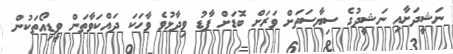
ނަޝީދަށާއި ނަޝީދުގެ ސިޔާސަތަށް ވަރަށް ބޮޑަށް ފާޑު ވިދާޅުވެ ވާހަކަ ދައްކަވާތަން ވީޑިއޯތަކުން